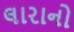
લારાનો